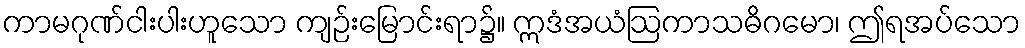
ကာမဂုဏ်ငါးပါးဟူသော ကျဉ်းမြောင်းရာ၌။ ဣဒံအယံဩကာသဓိဂမော၊ ဤရအပ်သော